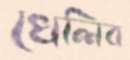
খেলিব